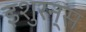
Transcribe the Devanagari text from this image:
इशुरन्स